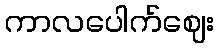
ကာလပေါက်ဈေး